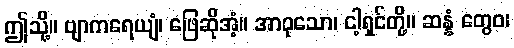
ဤသို့။ ဗျာကရေယျံ၊ ဖြေဆိုအံ့။ အာဝုသော၊ ငါ့ရှင်တို့။ ဆန္နံ တွေဝ၊